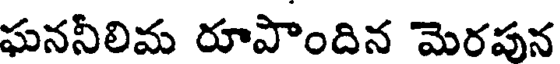
ఘననీలిమ రూపొందిన మెరపన